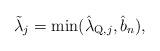
LaTeX: \begin{align*} \tilde{\lambda}_{j} = \min(\hat{\lambda}_{\textup{Q},j}, \hat{b}_n),\end{align*}